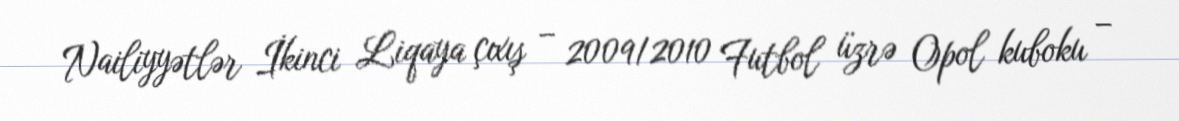
Nailiyyətlər İkinci Liqaya çıxış – 2009/2010 Futbol üzrə Opol kuboku –